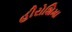
હીરોશિમા